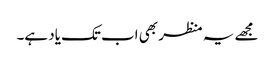
مجھے یہ منظر بھی اب تک یاد ہے۔